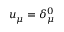
u _ { \mu } = \delta _ { \mu } ^ { 0 }